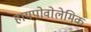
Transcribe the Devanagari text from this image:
हायपोवोलेमिक